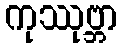
ကုဿုဗ္ဘာ